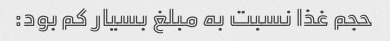
حجم غذا نسبت به مبلغ بسیار کم بود: